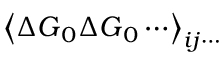
\left\langle \Delta \boldsymbol { G } _ { 0 } \Delta \boldsymbol { G } _ { 0 } \cdots \right\rangle _ { i j \cdots }